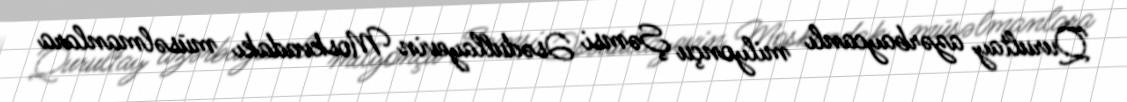
Qurultay azərbaycanlı milyonçu Şəmsi Əsədullayevin Moskvadakı müsəlmanlara